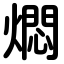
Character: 燜